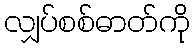
လျှပ်စစ်ဓာတ်ကို